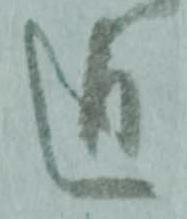
通